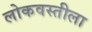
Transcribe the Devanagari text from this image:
लोकवस्तीला